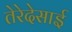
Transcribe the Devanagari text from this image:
तेरेदेसाई